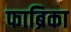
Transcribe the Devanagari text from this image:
फाब्रिका